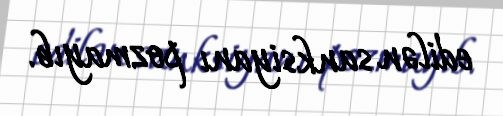
edilən sanksiyanı pozmayıb.